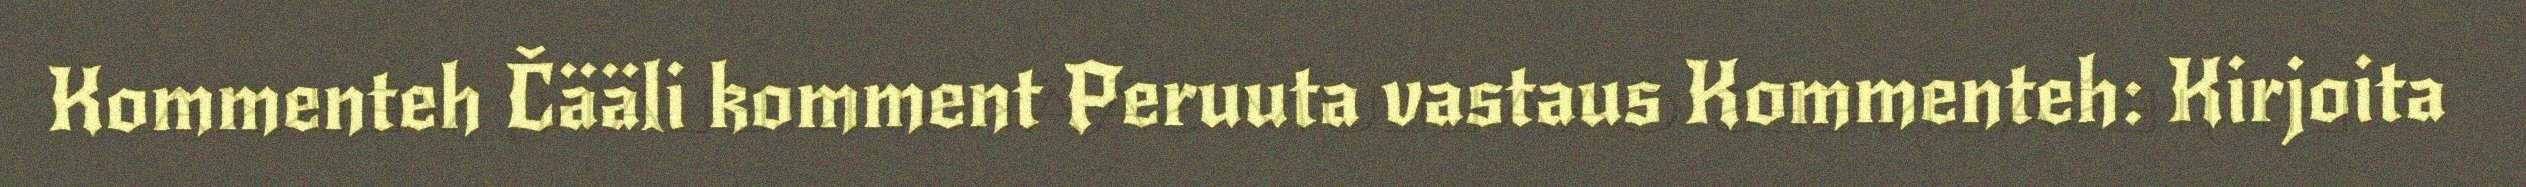
Kommenteh Čääli komment Peruuta vastaus Kommenteh: Kirjoita